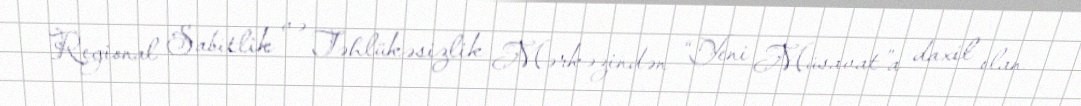
Regional Sabitlik və Təhlükəsizlik Mərkəzindən “Yeni Müsavat”a daxil olan